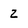
Character: 2